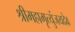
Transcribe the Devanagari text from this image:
श्रीमहामृत्युंजयदेव